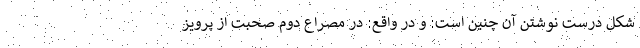
شکل درست نوشتن آن چنین است: و در واقع: در مصراع دوم صحبت از پرویز